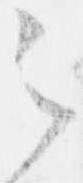
之